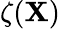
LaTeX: \zeta(\mathbf{X})